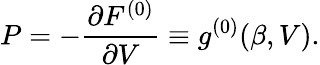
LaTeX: P=-\frac{\partial F^{(0)}}{\partial V}\equiv g^{(0)}(\beta,V).